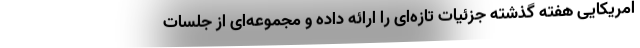
امریکایی هفته گذشته جزئیات تازه‌ای را ارائه داده و مجموعه‌ای از جلسات